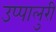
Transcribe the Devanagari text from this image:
उप्पालुरी